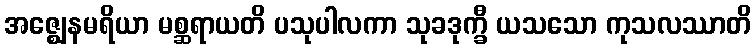
အဇ္ဈေနမရိယာ မစ္ဆရာယတိ ပသုပါလကာ သုခဒုက္ခီ ယသသော ကုသလဿာတိ